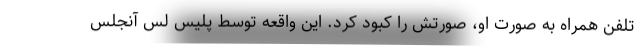
تلفن همراه به صورت او، صورتش را کبود کرد. این واقعه توسط پلیس لس آنجلس